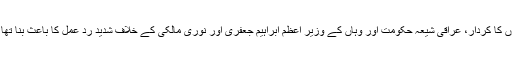
عراق میں عراقی سنیوں کی نسبت بعض سخت گیر موقف کے حامل شیعوں کا کردار، عراقی شیعہ حکومت اور وہاں کے وزیر اعظم ابراہیم جعفری اور نوری مالکی کے خلاف شدید رد عمل کا باعث بنا تھا تاہم آیت الله سیستانی کے موقف نے شعلہ فشاں آگ میں پانی کا کام کردیا۔